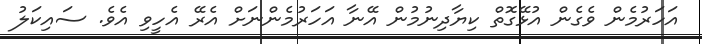
އަހަރުމެން ވެގެން އުޅޭގޮތް ކިޔާދިނުމުން އޭނާ އަހަރުމެންނަށް އެރޭ އެހީވި އެވެ. ސައިކަލު